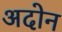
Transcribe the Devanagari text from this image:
अदोन